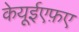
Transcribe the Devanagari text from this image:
केयूईएफ़ए